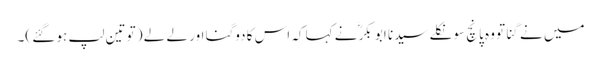
میں نے گِنا تو وہ پانچ سو نکلے سیدنا ابو بکرؓ نے کہا کہ اس کا دوگنا اور لے لے ( تو تین لپ ہو گئے )۔